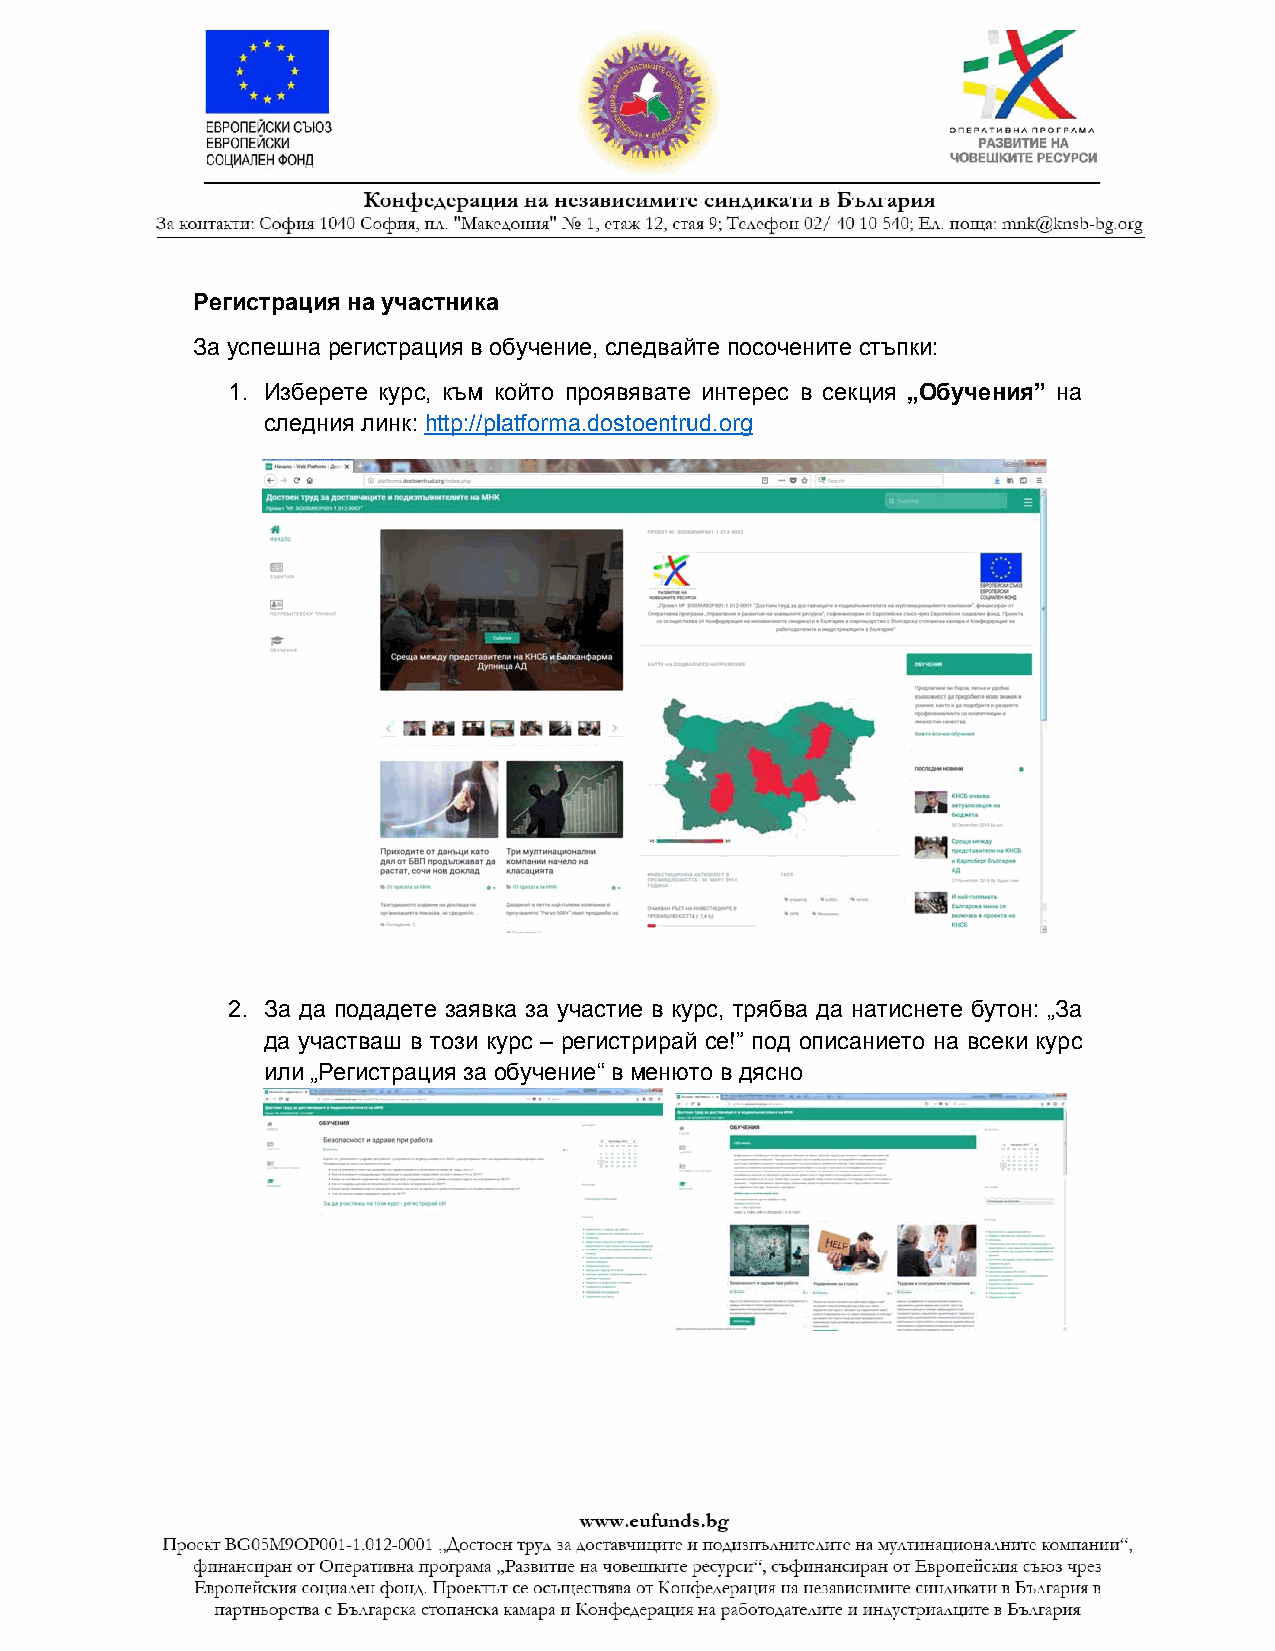
Регистрация на участника
 За успешна регистрация в обучение, следвайте посочените стъпки:
 1. Изберете курс, към който проявявате интерес в секция „Обучения” на
 следния линк: http://platforma.dostoentrud.org
 2. За да подадете заявка за участие в курс, трябва да натиснете бутон: „За
 да участваш в този курс – регистрирай се!” под описанието на всеки курс
 или „Регистрация за обучение“ в менюто в дясно